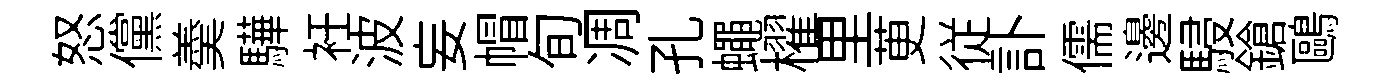
怒儻羮驊衽波妄帽旬凋孔蠅櫂里茰従訃儒邊駸鎗鷗